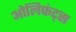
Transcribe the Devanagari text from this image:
ओलिफंट्स